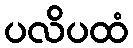
ပလိပထံ